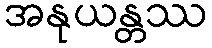
အနုယန္တဿ